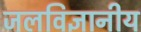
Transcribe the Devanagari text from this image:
जलविज्ञानीय